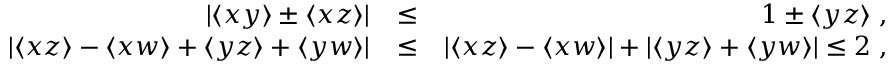
\begin{array} { r l r } { | \langle x y \rangle \pm \langle x z \rangle | } & { \le } & { 1 \pm \langle y z \rangle \; , } \\ { | \langle x z \rangle - \langle x w \rangle + \langle y z \rangle + \langle y w \rangle | } & { \le } & { | \langle x z \rangle - \langle x w \rangle | + | \langle y z \rangle + \langle y w \rangle | \le 2 \; , } \end{array}